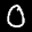
Label: 0